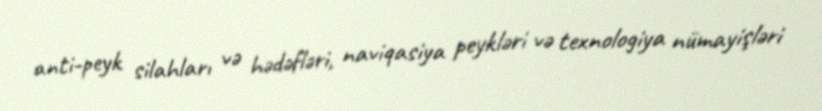
anti-peyk silahları və hədəfləri, naviqasiya peykləri və texnologiya nümayişləri